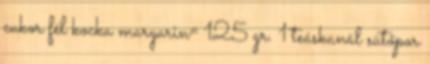
cukor fél kocka margarin= 125 gr. 1 teáskanál sütőpor